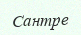
Сантре